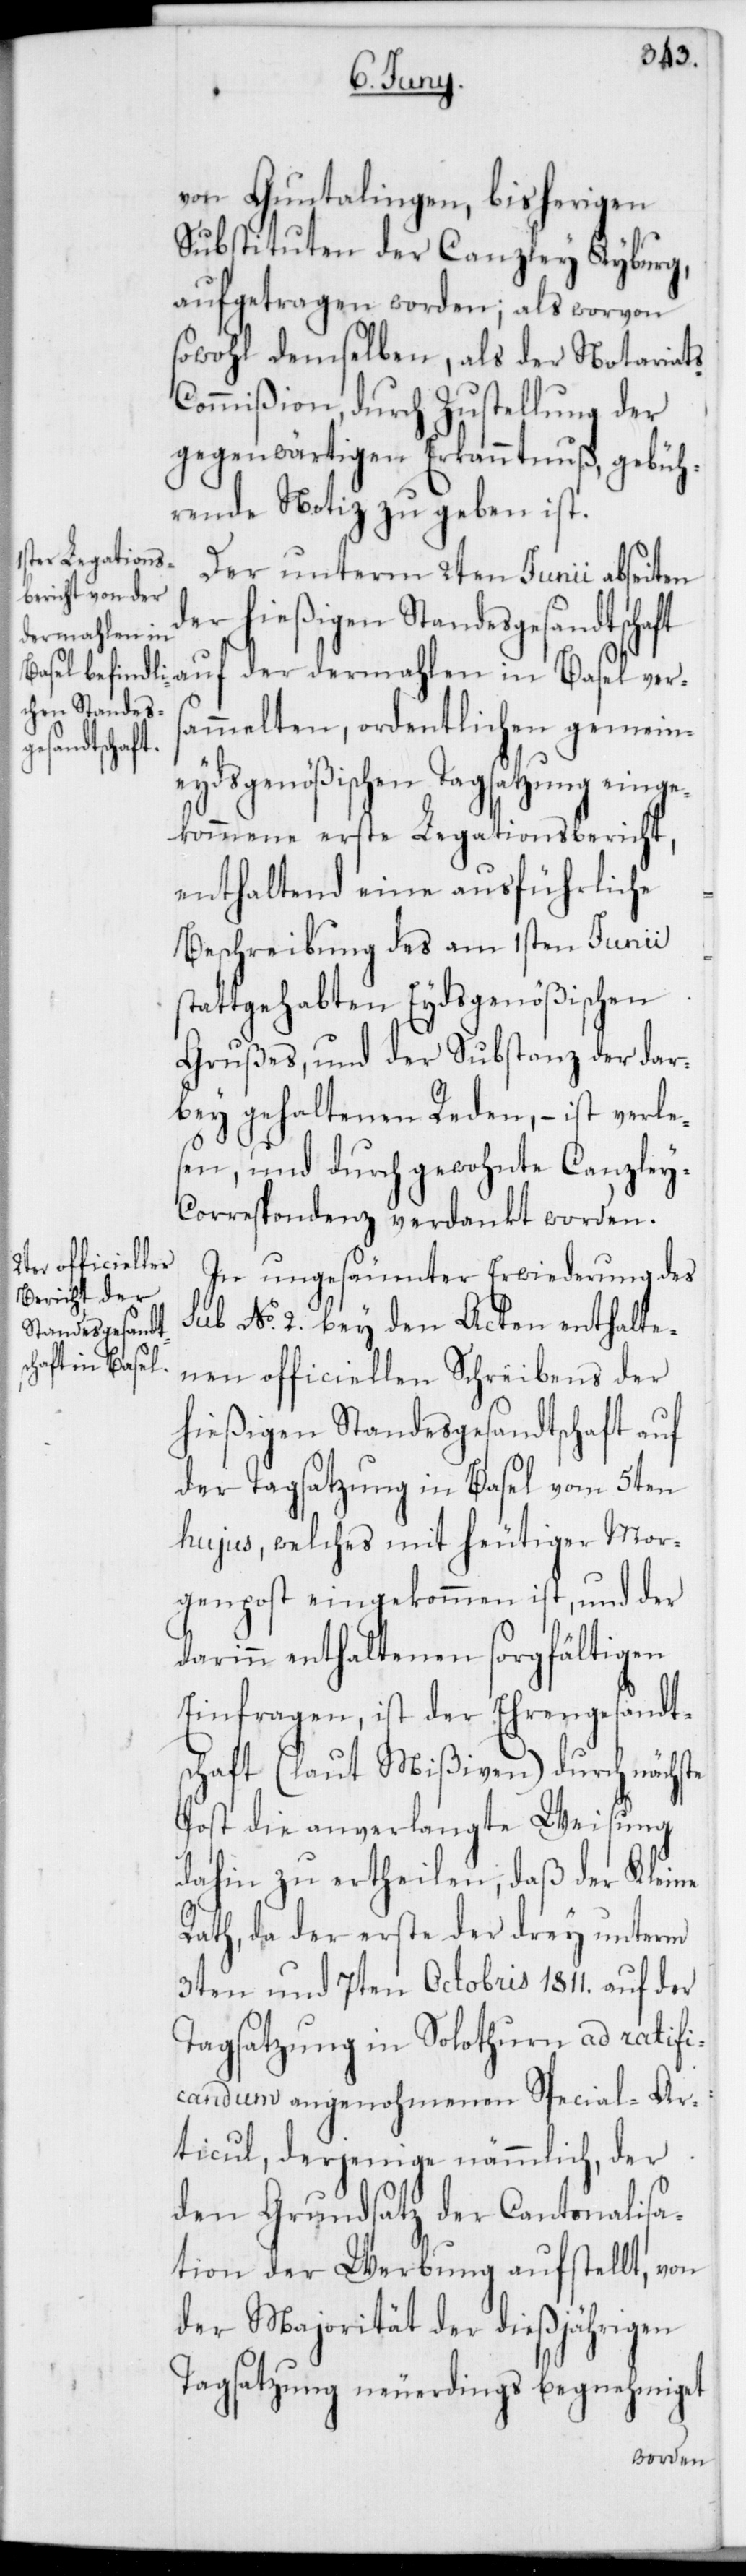
von Guntalingen, bisherigen
Substituten der Canzley Kyburg,
aufgetragen worden; als worvon
sowohl demselben, als der Notariat¬
s-Commißion durch Zustellung der
gegenwärtigen Erkanntnuß, gebüh¬
rende Notiz zu geben ist.
Der unterm 2ten Junii abseiten
der hießigen Standesgesandtschaft
auf der dermahlen in Basel vers¬
ammelten, ordentlichen gemein¬
eydsgenößischen Tagsatzung einge¬
kommene erste Legationsbericht,
enthaltend eine ausführliche
Beschreibung des am 1sten Junii s¬
tattgehabten Eydsgenößischen
Grußes und der Substanz der dar¬
bey gehaltenen Reden, – ist verles¬
en, und durch gewohnte Canzle¬
y-Correspondenz verdankt worden.
In ungesäumter Erwiderung des
sub No 2. bey den Acten enthalte¬
nen officiellen Schreibens der
hießigen Standesgesandtschaft auf
der Tagsatzung in Basel vom 5ten
hujus, welches mit heutiger Mor¬
genpost eingekommen ist, und der
darinn enthaltenen sorgfältigen
Einfragen, ist der Ehrengesandt¬
schaft (laut Mißiven) durch nächste
Post die anverlangte Weisung
dahin zu ertheilen; daß der Kleine
Rath, da der erste der drey unterm
3ten und 7ten Octobris 1811. auf der
Tagsatzung in Solothurn ad ratifi¬
candum angenohmenen Special-Ar¬
ticul, derjenige nämmlich, der
den Grundsatz der Cantonalisa¬
tion der Werbung aufstellt, von
der Majorität der dießjährigen
Tagsatzung neuerdings begnehmiget